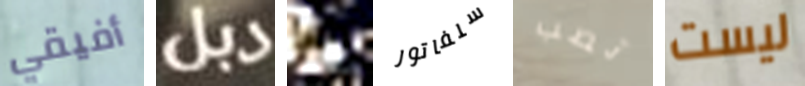
أفيقي دبل فى سلفاتور تصب ليست